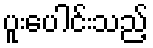
ပူးပေါင်းသည့်